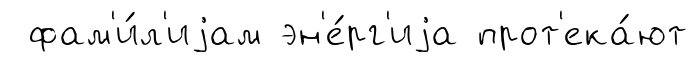
фам'и́л'иjам эн'е́рг'иjа прот'ека́ют